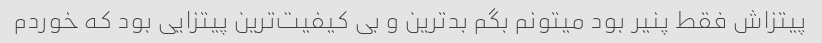
پیتزاش فقط پنیر بود میتونم بگم بدترین و بی کیفیت‌ترین پیتزایی بود که خوردم